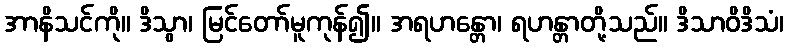
အာနိသင်ကို။ ဒိသွာ၊ မြင်တော်မူကုန်၍။ အရဟန္တော၊ ရဟန္တာတို့သည်။ ဒိသာဝိဒိသံ၊